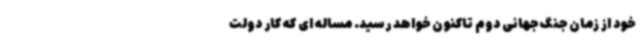
خود از زمان جنگ جهانی دوم تاکنون خواهد رسید. مساله ای که کار دولت